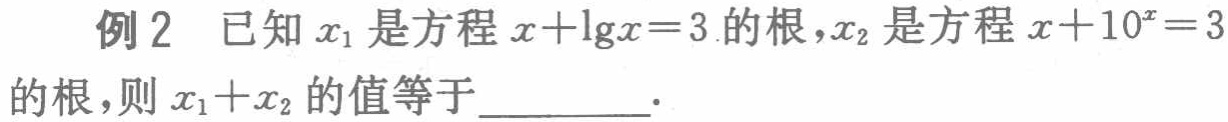
例2 已知\(x_{1}\)是方程\(x + \lg x = 3\)的根，\(x_{2}\)是方程\(x + 10^{x} = 3\)的根，则\(x_{1} + x_{2}\)的值等于_________.